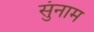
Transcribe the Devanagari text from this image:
सुंनाम